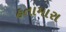
હતામારા